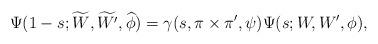
LaTeX: \begin{align*}\Psi(1-s; \widetilde{W}, \widetilde{W^\prime}, \widehat{\phi}) = \gamma(s, \pi \times \pi^\prime, \psi)\Psi(s; W, W^\prime, \phi),\end{align*}